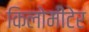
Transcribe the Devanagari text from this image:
किलोमीटेर